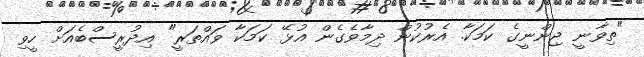
"ތިވާނީ ޖިންނީގެ ކަމަކާ. އެރުކުން ދިމާވެގެން އުޅޭ ކަމަކާ ވައްތަރީ" އިދުރީސްބެއަށް ހީވި